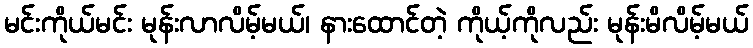
မင်းကိုယ်မင်း မုန်းလာလိမ့်မယ်၊ နားထောင်တဲ့ ကိုယ့်ကိုလည်း မုန်းမိလိမ့်မယ်